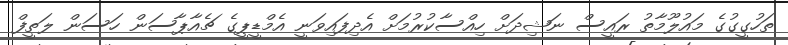
ތަހުގީގުގެ މައުލޫމާތު ރައީސް ނަޝިދަށް ހިއްސާކުރުމަށް އެދިފައިވަނީ އެމްޑީޕީގެ ޗެއާޕާސަން ހަސަން ލަތީފް